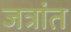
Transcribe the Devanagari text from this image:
जत्रांत